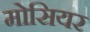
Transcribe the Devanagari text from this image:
मोसियर